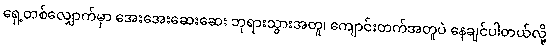
ရှေ့တစ်လျှောက်မှာ အေးအေးဆေးဆေး ဘုရားသွားအတူ၊ ကျောင်းတက်အတူပဲ နေချင်ပါတယ်လို့